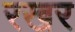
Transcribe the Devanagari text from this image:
रखर